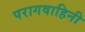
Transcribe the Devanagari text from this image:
परागवाहिनी